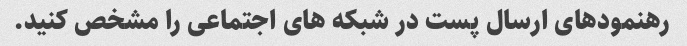
رهنمودهای ارسال پست در شبکه های اجتماعی را مشخص کنید.